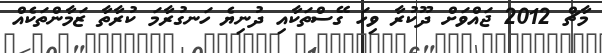
މާޗް 2012 ޖައްވަށް ދޫކުރާ ވިހަ ގޭސްތަކާއި ދުނިޔެ ހަނގުރާމަ ކުރާތާ ޒަމާންތަކެއް